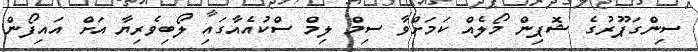
ސިންގަޕޫރުގެ ޝޮޕިން މޯލެއް ކަމަށްވާ ސިމް ލިމް ސްކުއެއާގައި ލޯބިވެރިޔާ އަށް އައިފޯން